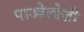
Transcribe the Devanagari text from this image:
पाओलोज़ी